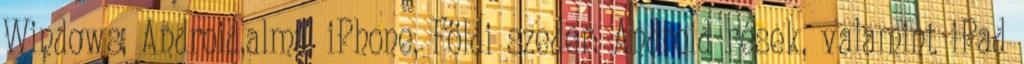
Windows, Android,alma, iPhone, Földi szeder: Android rések, valamint iPad